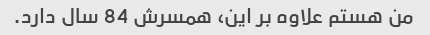
من هستم علاوه بر این، همسرش 84 سال دارد.